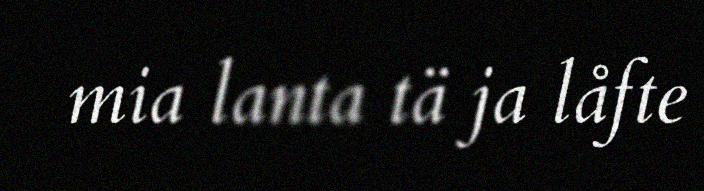
mia lanta tä ja låfte